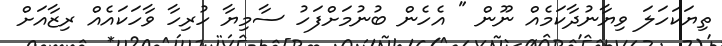
ތިޔަކަހަލަ ވިޔާނުދާކަމެއް ނޫން " އެހެން ބުނުމަށްފަހު ސާމިޔާ ހުރިހާ ވާހަކައެއް ރިޒާއަށް